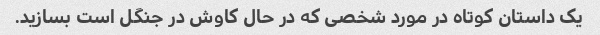
یک داستان کوتاه در مورد شخصی که در حال کاوش در جنگل است بسازید.